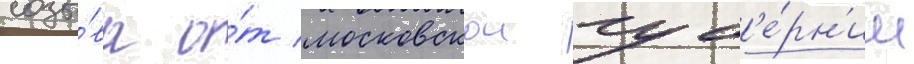
созы́ва о́т московскои губ'е́рн'ии